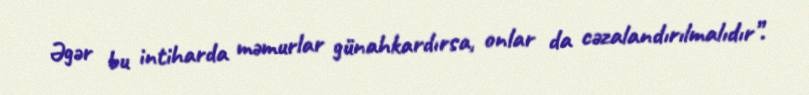
Əgər bu intiharda məmurlar günahkardırsa, onlar da cəzalandırılmalıdır”.